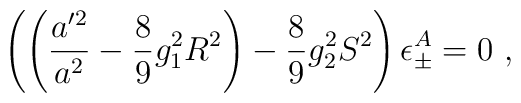
\left(\left(\frac{a^{\prime 2}}{a^{2}} - \frac{8}{9}g_{1}^{2}R^{2}\right)-\frac{8}{9}g_{2}^{2}S^{2}\right)\epsilon_{\pm}^A=0\ ,